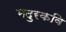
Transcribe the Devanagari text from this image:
मदुरकवि